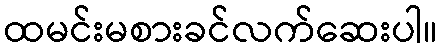
ထမင်းမစားခင်လက်ဆေးပါ။